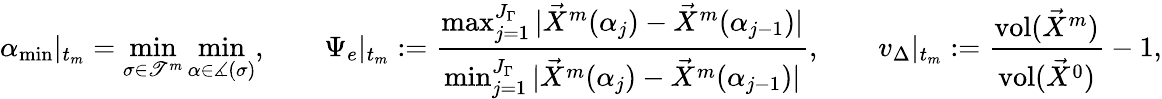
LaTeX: {\alpha_{\mathrm{min}}}|_{t_{m}}=\operatorname*{min}_{\sigma\in\mathscr{T}^{m}}\operatorname*{min}_{\alpha\in\measuredangle{(\sigma)}},\qquad\Psi_{e}|_{t_{m}}:=\frac{\operatorname*{max}_{j=1}^{J_{\Gamma}}|\vec{X}^{m}(\alpha_{j})-\vec{X}^{m}(\alpha_{j-1})|}{\operatorname*{min}_{j=1}^{J_{\Gamma}}|\vec{X}^{m}(\alpha_{j})-\vec{X}^{m}(\alpha_{j-1})|},\qquad v_{\Delta}|_{t_{m}}:=\frac{\operatorname{vol}(\vec{X}^{m})}{\operatorname{vol}(\vec{X}^{0})}-1,